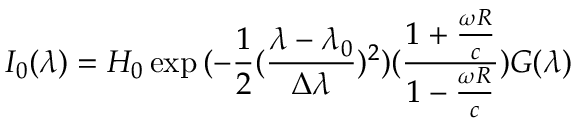
I _ { 0 } ( \lambda ) = H _ { 0 } \exp { ( - \frac { 1 } { 2 } ( \frac { \lambda - \lambda _ { 0 } } { \Delta \lambda } ) ^ { 2 } ) ( \frac { 1 + \frac { \omega R } { c } } { 1 - \frac { \omega R } { c } } ) } G ( \lambda )